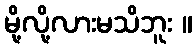
မို့လို့လားမသိဘူး ။